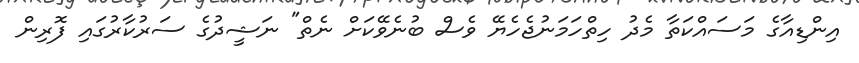
އިންޑިއާގެ މަސައްކަތާ މެދު ހިތްހަމަނުޖެހެޔޭ ވެސް ބުނެވޭކަށް ނެތް" ނަޝީދުގެ ސަރުކާރުގައި ފޮރިން